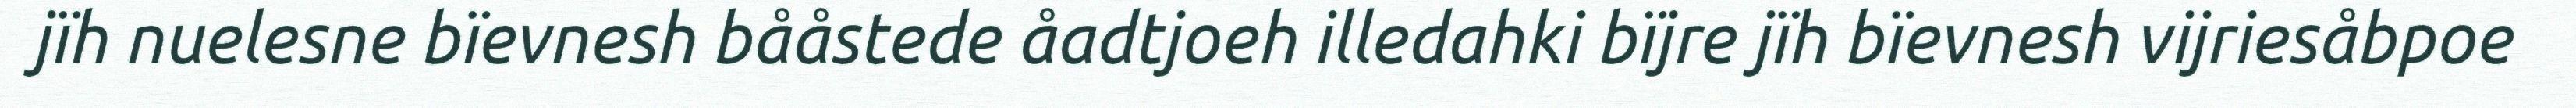
jïh nuelesne bïevnesh bååstede åadtjoeh illedahki bïjre jïh bïevnesh vijriesåbpoe